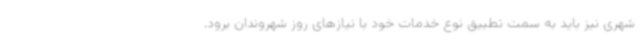
شهری نیز باید به سمت تطبیق نوع خدمات خود با نیازهای روز شهروندان برود.